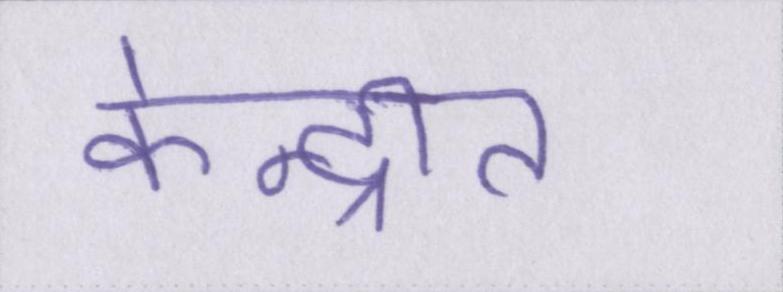
केन्द्रीत